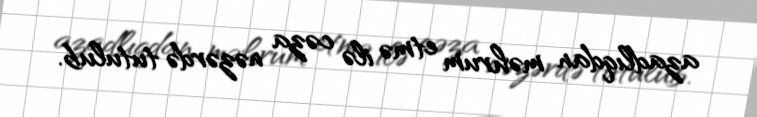
azadlıqdan məhrum etmə ilə cəza nəzərdə tutulub.